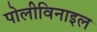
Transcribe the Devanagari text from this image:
पोलीविनाइल